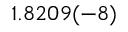
1 . 8 2 0 9 ( - 8 )